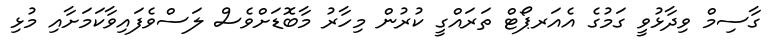
ގާސިމް ވިދާޅުވީ ގަމުގެ އެއަރޕޯޓް ތަރައްގީ ކުރުން މިހާރު މާބޮޑަށްވެސް ލަސްވެފައިވާކަމަށާއި މުޅި